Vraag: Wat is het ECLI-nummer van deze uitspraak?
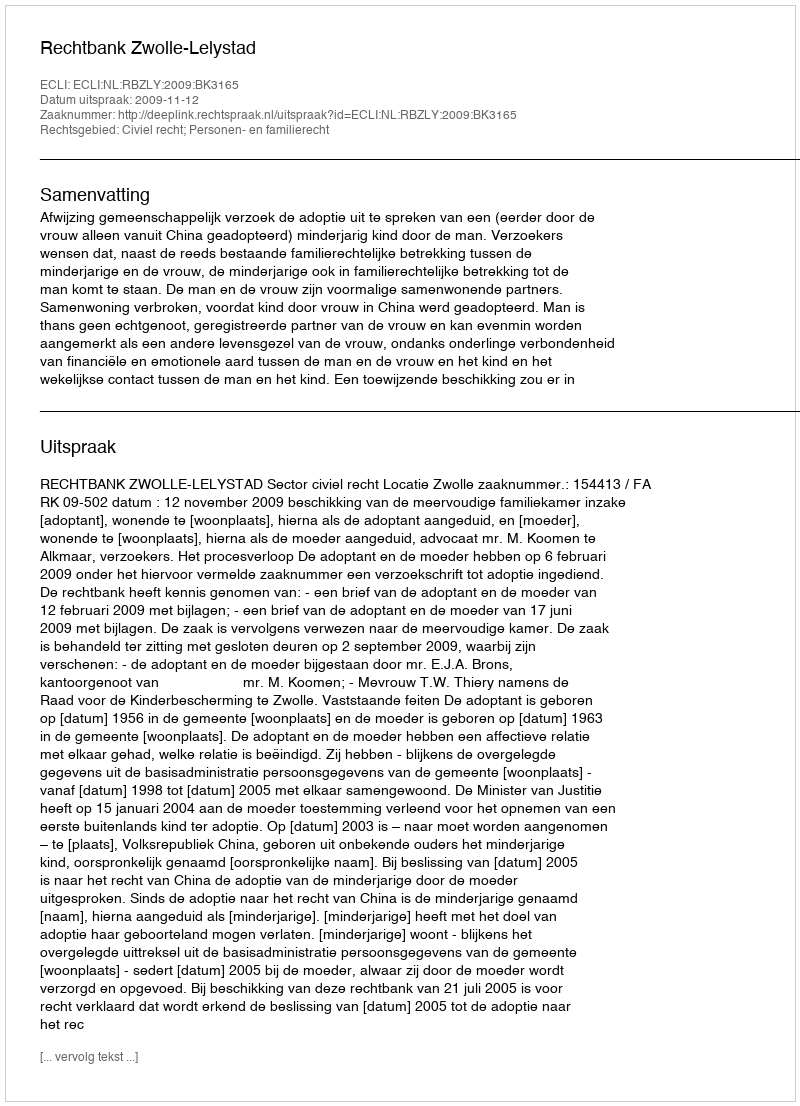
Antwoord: ECLI:NL:RBZLY:2009:BK3165